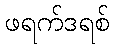
ဖရက်ဒရစ်